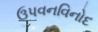
ઉપવનવિનોદ